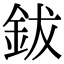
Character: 鈸